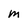
Character: m